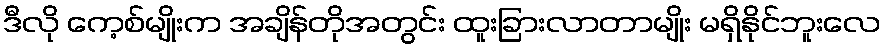
ဒီလို ကေ့စ်မျိုးက အချိန်တိုအတွင်း ထူးခြားလာတာမျိုး မရှိနိုင်ဘူးလေ